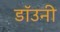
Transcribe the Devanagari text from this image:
डाॅउनी